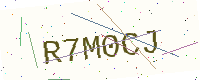
Text: R7M0CJ